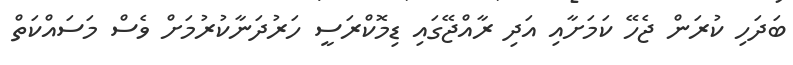
ބަދަހި ކުރަން ޖެހޭ ކަމަށާއި އަދި ރާއްޖޭގައި ޑިމޮކްރަސީ ހަރުދަނާކުރުމަށް ވެސް މަސައްކަތް